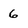
Character: 6